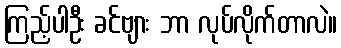
ကြည့်ပါဦး ခင်ဗျား ဘာ လုပ်လိုက်တာလဲ။